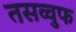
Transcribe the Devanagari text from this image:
तसव्‍वुफ